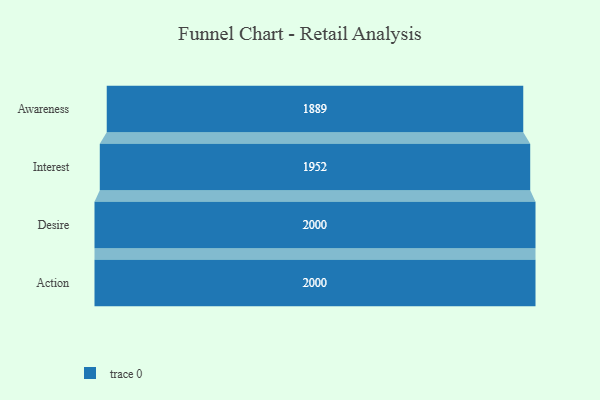
{"axis": {"x": "Stage", "y": "Value"}, "legend": [""], "data": [{"x": "Awareness", "y": 1889.0, "type": ""}, {"x": "Interest", "y": 1952.0, "type": ""}, {"x": "Desire", "y": 2000, "type": ""}, {"x": "Action", "y": 2000, "type": ""}]}